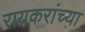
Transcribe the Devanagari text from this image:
रायकरांच्या